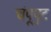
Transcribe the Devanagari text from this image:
चंपूपुट